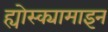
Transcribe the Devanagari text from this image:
ह्योस्क्यामाइन